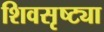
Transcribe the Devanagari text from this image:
शिवसृष्ट्या